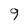
Character: 9